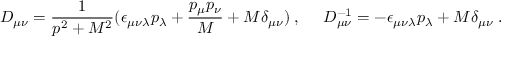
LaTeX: D _ { \mu \nu } = \frac { 1 } { p ^ { 2 } + M ^ { 2 } } ( \epsilon _ { \mu \nu \lambda } p _ { \lambda } + \frac { p _ { \mu } p _ { \nu } } { M } + M \delta _ { \mu \nu } ) \; , { } ~ ~ ~ ~ D _ { \mu \nu } ^ { - 1 } = - \epsilon _ { \mu \nu \lambda } p _ { \lambda } + M \delta _ { \mu \nu } \; .